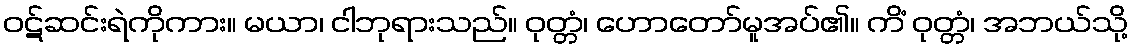
ဝဋ်ဆင်းရဲကိုကား။ မယာ၊ ငါဘုရားသည်။ ဝုတ္တံ၊ ဟောတော်မူအပ်၏။ ကိံ ဝုတ္တံ၊ အဘယ်သို့